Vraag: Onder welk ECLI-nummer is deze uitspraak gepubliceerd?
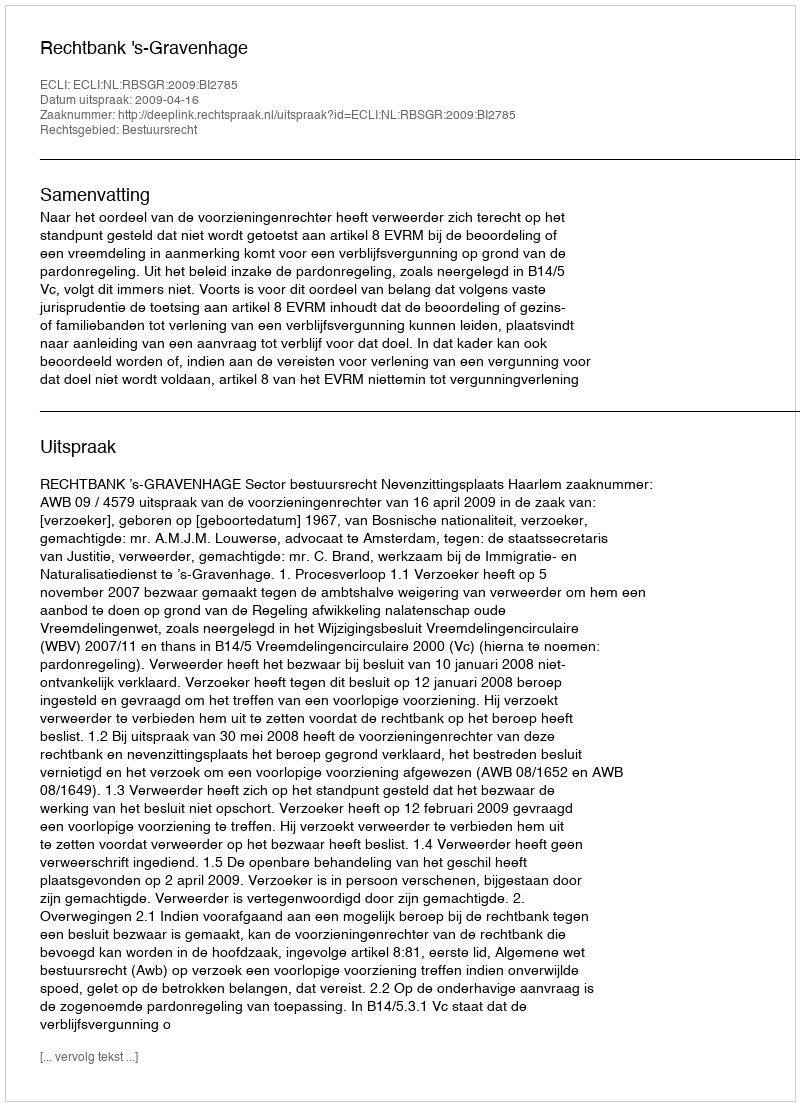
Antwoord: ECLI:NL:RBSGR:2009:BI2785